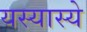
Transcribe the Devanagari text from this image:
यस्यास्ये